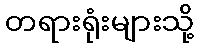
တရားရုံးများသို့